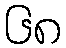
၆၈